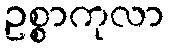
ဥစ္စာကုလာ